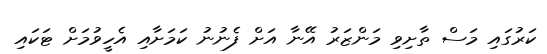
ކަރުގައި މަސް ތާށިވި މަންޒަރު އޭނާ އަށް ފެނުނު ކަމަށާއި އެހީވުމަށް ޓަކައި